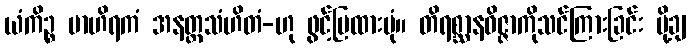
ယံကိဉ္စ ဗာဟိရကံ အနတ္ထသံဟိတံ-ဟု ဖွင့်ပြထားပုံ။ တိရစ္ဆာနဝိဇ္ဇာကိုသင်ကြားခြင်း ပို့ချ